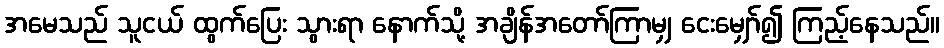
အမေသည် သူငယ် ထွက်ပြေး သွားရာ နောက်သို့ အချိန်အတော်ကြာမျှ ငေးမျှော်၍ ကြည့်နေသည်။